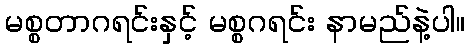
မစ္စတာဂရင်းနှင့် မစ္စဂရင်း နာမည်နဲ့ပါ။